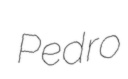
Pedro